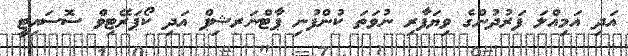
އަދި އަމިއްލަ ފަރުދުންގެ ވިޔަފާރި ނުވަތަ ކުންފުނި ޕާޓްނަރޝިޕް އަދި ކޯޕަރޭޓިވް ސޮސައިޓީ